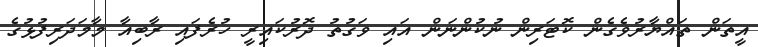
އީތަން ތައްޔާރުވެގެން ކޮޓަރިން ނުކުންނަން އައި ވަގުތު ދޮރުކައިރީ ހުރެފައި ރާބިއާ މާމަދަރިފުޅުގެ